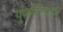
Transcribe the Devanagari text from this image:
युफोरियाने